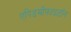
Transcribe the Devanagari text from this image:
एपिडर्मोफाइटॉन